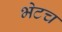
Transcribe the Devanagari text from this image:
भेटच